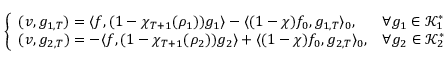
\left\{ \begin{array} { l l } { ( v , g _ { 1 , T } ) = \langle f , ( 1 - \chi _ { T + 1 } ( \rho _ { 1 } ) ) g _ { 1 } \rangle - \langle ( 1 - \chi ) f _ { 0 } , g _ { 1 , T } \rangle _ { 0 } , } & { \forall g _ { 1 } \in \mathscr K _ { 1 } ^ { * } } \\ { ( v , g _ { 2 , T } ) = - \langle f , ( 1 - \chi _ { T + 1 } ( \rho _ { 2 } ) ) g _ { 2 } \rangle + \langle ( 1 - \chi ) f _ { 0 } , g _ { 2 , T } \rangle _ { 0 } , } & { \forall g _ { 2 } \in \mathscr K _ { 2 } ^ { * } } \end{array} \right.